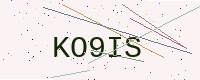
Text: KO9IS